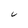
Character: C